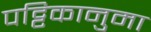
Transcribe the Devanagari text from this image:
पट्टिकानुमा